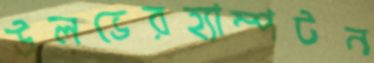
উলভেরহ্যাম্পটন